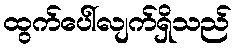
ထွက်ပေါ်လျက်ရှိသည်